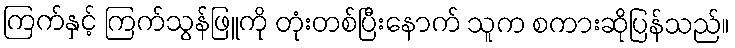
ကြက်နှင့် ကြက်သွန်ဖြူကို တုံးတစ်ပြီးနောက် သူက စကားဆိုပြန်သည်။